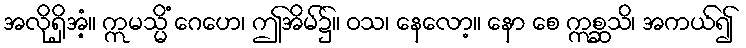
အလိုရှိအံ့။ ဣမသ္မိံ ဂေဟေ၊ ဤအိမ်၌။ ဝသ၊ နေလော့။ နော စေ ဣစ္ဆသိ၊ အကယ်၍